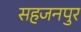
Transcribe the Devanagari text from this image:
सहजनपुर